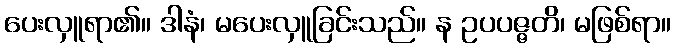
ပေးလှူရာ၏။ ဒါနံ၊ မပေးလှူခြင်းသည်။ န ဥပပဇ္ဇတိ၊ မဖြစ်ရာ။